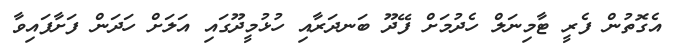
އެގޮތުން ފެރީ ޓާމިނަލް ހެދުމަށް ފޭދޫ ބަނދަރާއި ހުޅުމީދޫގައި އަލަށް ހަދަން ފަށާފައިވާ